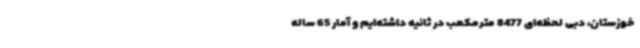
خوزستان، دبی لحظه‌ای 8477 مترمکعب در ثانیه داشته‌ایم و آمار 65 ساله